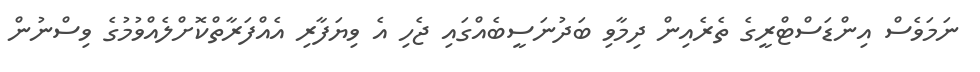
ނަމަވެސް އިންޑަސްޓްރީގެ ތެރެއިން ދިމާވި ބަދުނަސީބެއްގައި ޖެހި އެ ވިޔަފާރި އެއްފަރާތްކޮށްލެއްވުމުގެ ވިސްނުން